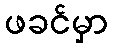
ဖခင်မှာ